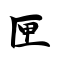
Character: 匣